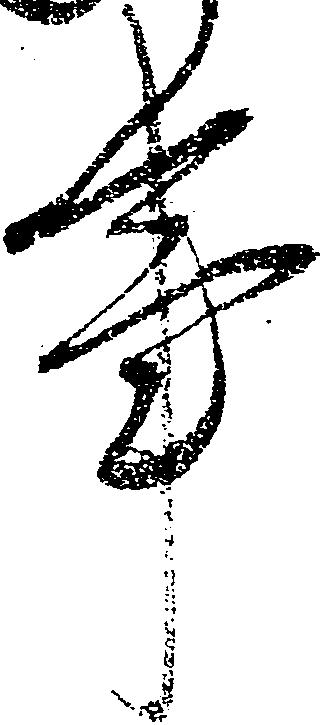
事